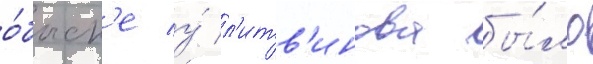
о́быск'е у́ л'итв'инова бы́ло